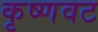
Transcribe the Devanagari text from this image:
कृष्णवट